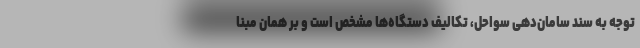
توجه به سند سامان‌دهی سواحل، تکالیف دستگاه‌ها مشخص است و بر همان مبنا